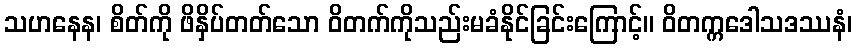
သဟနေန၊ စိတ်ကို ဖိနှိပ်တတ်သော ဝိတက်ကိုသည်းမခံနိုင်ခြင်းကြောင့်။ ဝိတက္ကဒေါသဒဿနံ၊